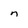
Character: n